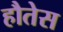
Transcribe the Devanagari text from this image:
हौतेस